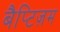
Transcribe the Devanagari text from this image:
बैप्टिज़म